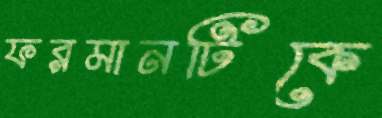
ফরমানটিকে